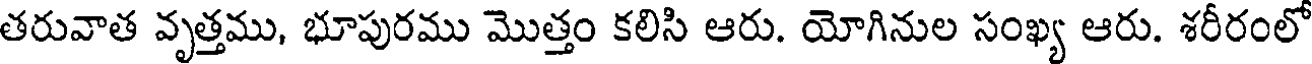
తరువాత వృత్తము, భూపురము మొత్తం కలిసి ఆరు. యోగినుల సంఖ్య ఆరు. శరీరంలో